Trukikaitis_Postimees, lk 45
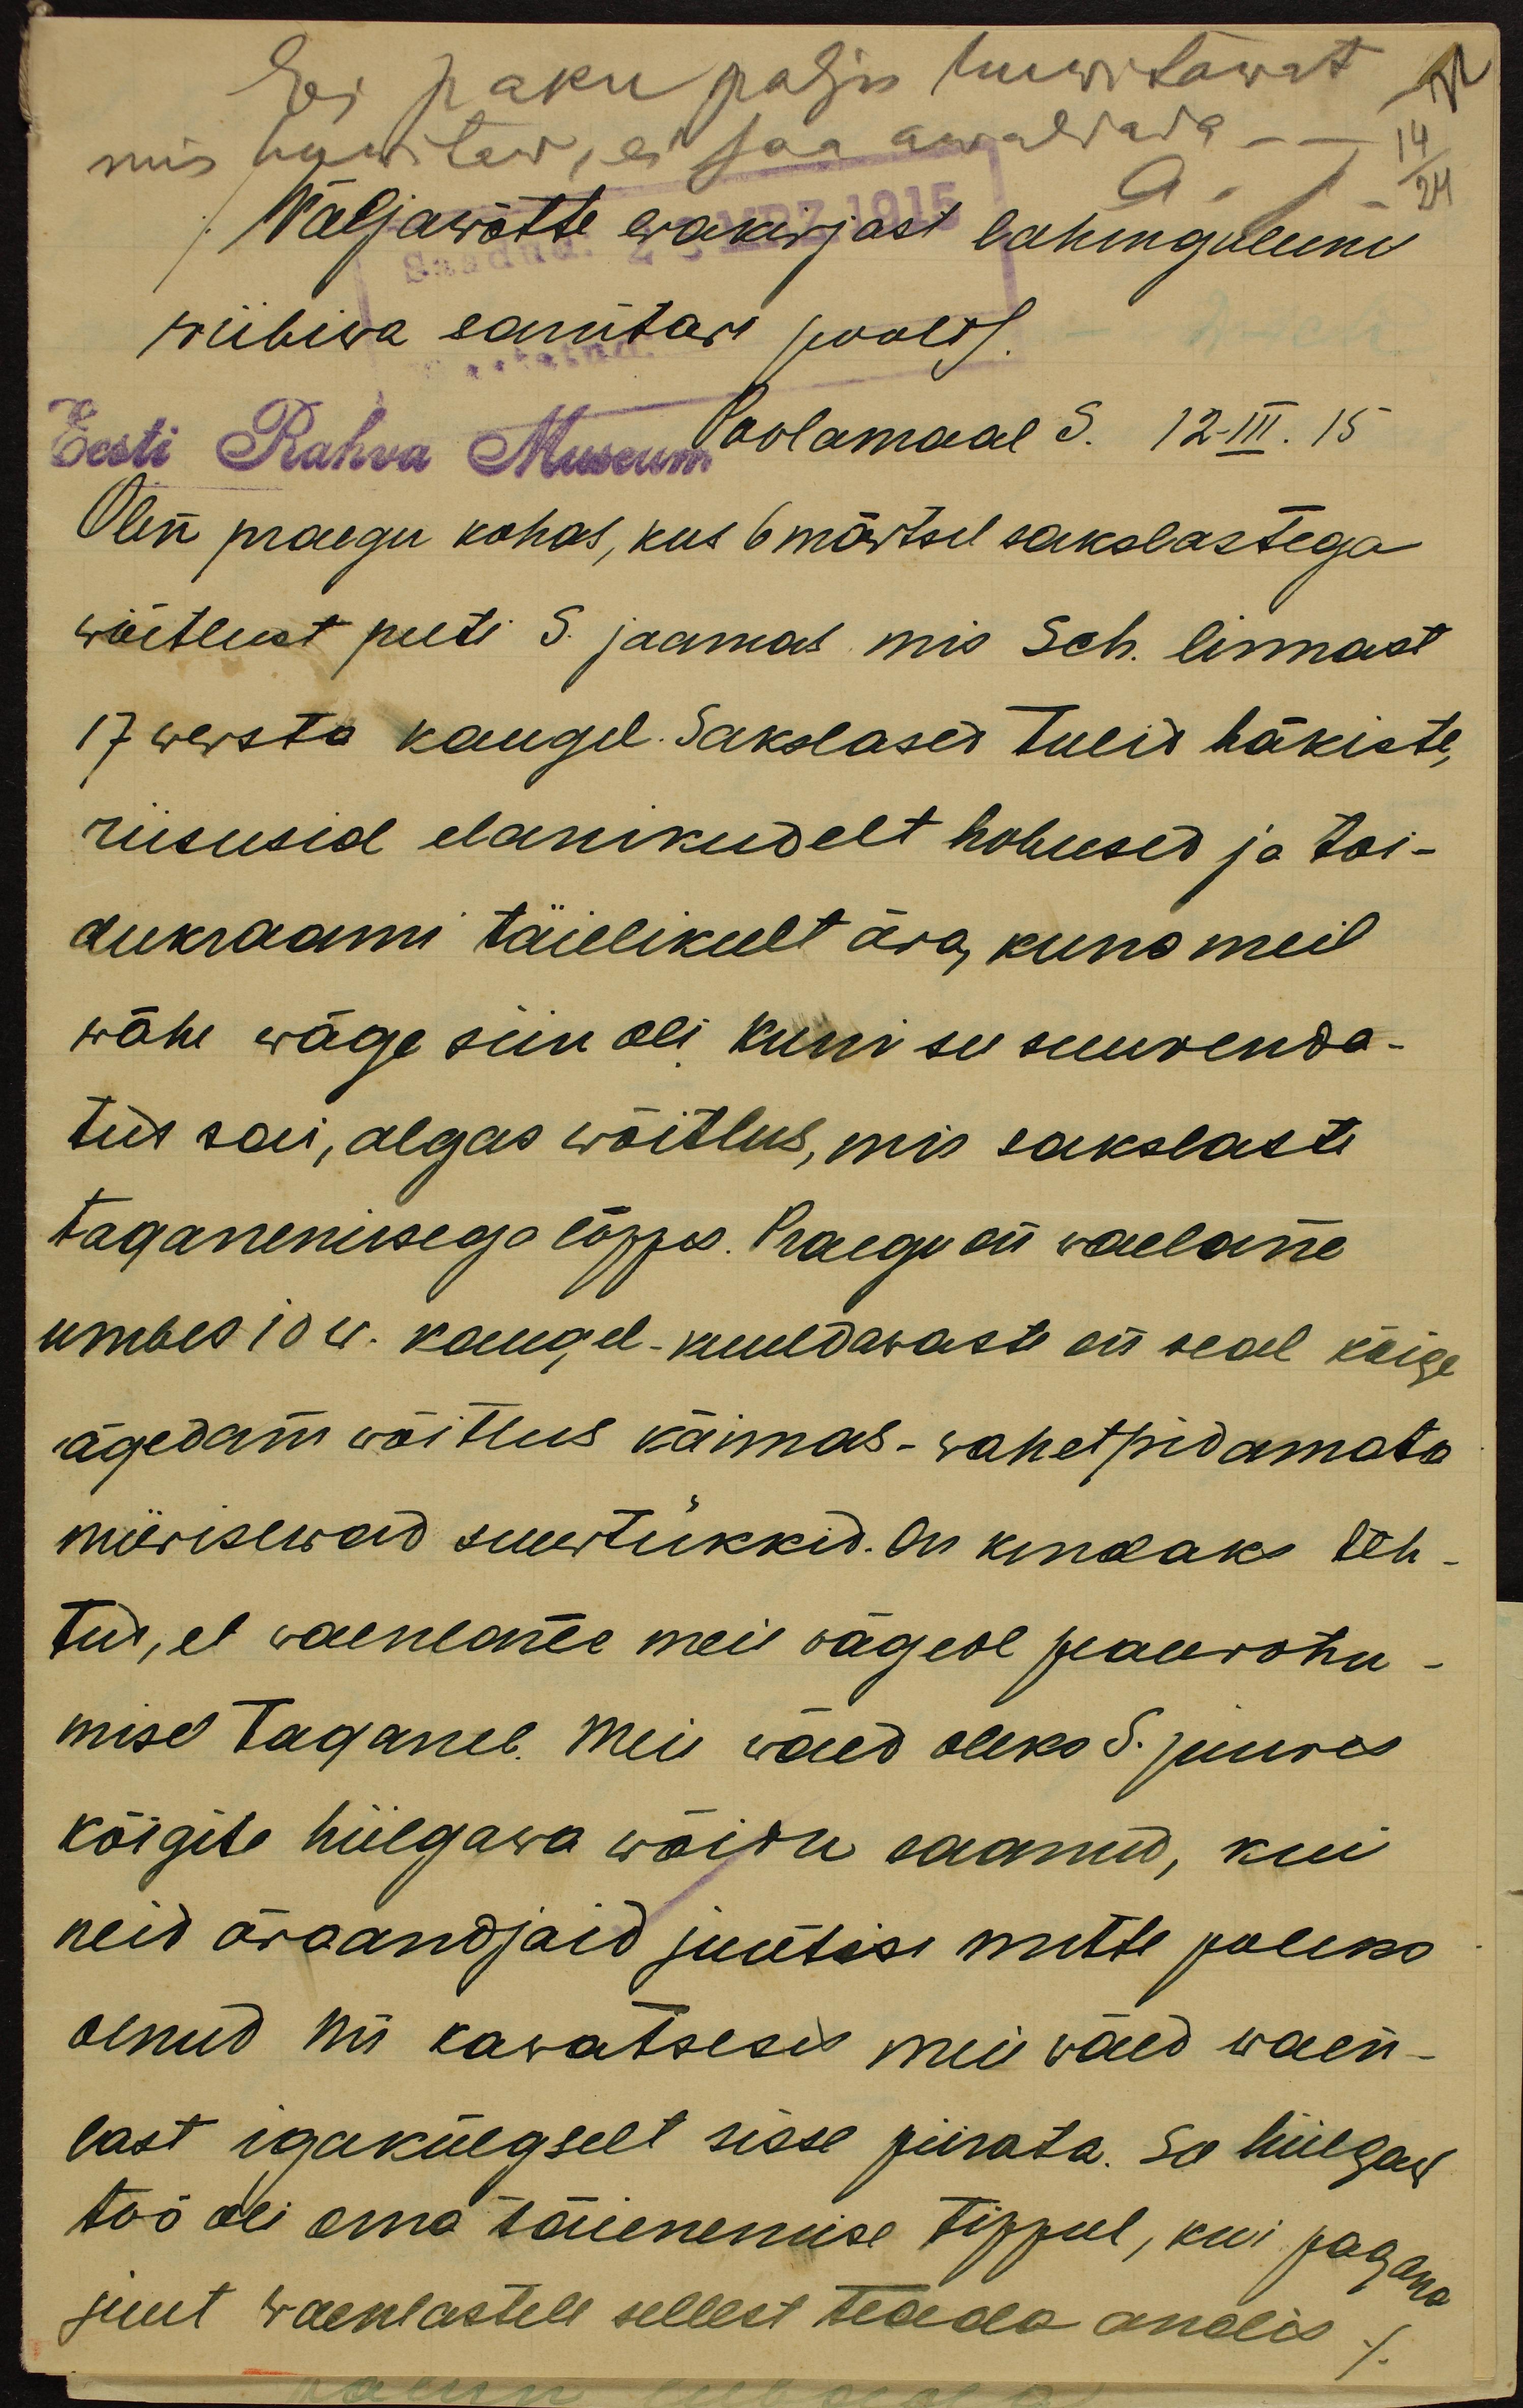
Ei paku palju huwitawat
mis huwitaw, ei saa awaldada.
14/24
Wäljawõtte erakirjast lahinguleeni
pühiwa sanitari poolt.
Eesti Rahva Museum
Poolamaal S. 12-III. 15
Olen praegu kohas, kus 6 märtsil sakslastega
wõitlust peeti S. jaamas mis Sch. linnast
17 wersta kaugel Sakslased tulid häkiste,
riisusid elanikudelt hobused ja toi-
dukraami täielikult ära, kuna meil
wähe wäge siin oli kuni see suurenda-
tus sai, algas wõitlus, mis sakslaste
taganemisega lõppes. Praegu on vaelane
umbes 10 w. kaugel – kuuldawaste on seal kõige
ägedam wõitlus käimas, wahetpidamata
mürisewad suurtükkid. On kindaks teh-
tud, et waenlane meie wägede pealerõhu-
misel taganeb. Meie wäed oleks S. juures
kõigile hiilgawa wõidu saanud, kui
neid äraandjaid juutisi mitte poleks
olnud nii kawatsesid meie väed waen-
last igakülgselt sisse piirata. See hiilgaw
töö oli oma täienemise tippul, kui pagana
juut waenlastele sellest teada andis